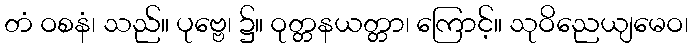
တံ ဝစနံ၊ သည်။ ပုဗ္ဗေ၊ ၌။ ဝုတ္တနယတ္တာ၊ ကြောင့်။ သုဝိညေယျမေဝ၊